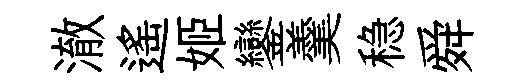
澈遙姬鑾羹稳舜